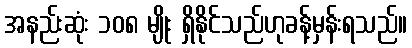
အနည်းဆုံး ၁၀၈ မျိုး ရှိနိုင်သည်ဟုခန့်မှန်းရသည်။